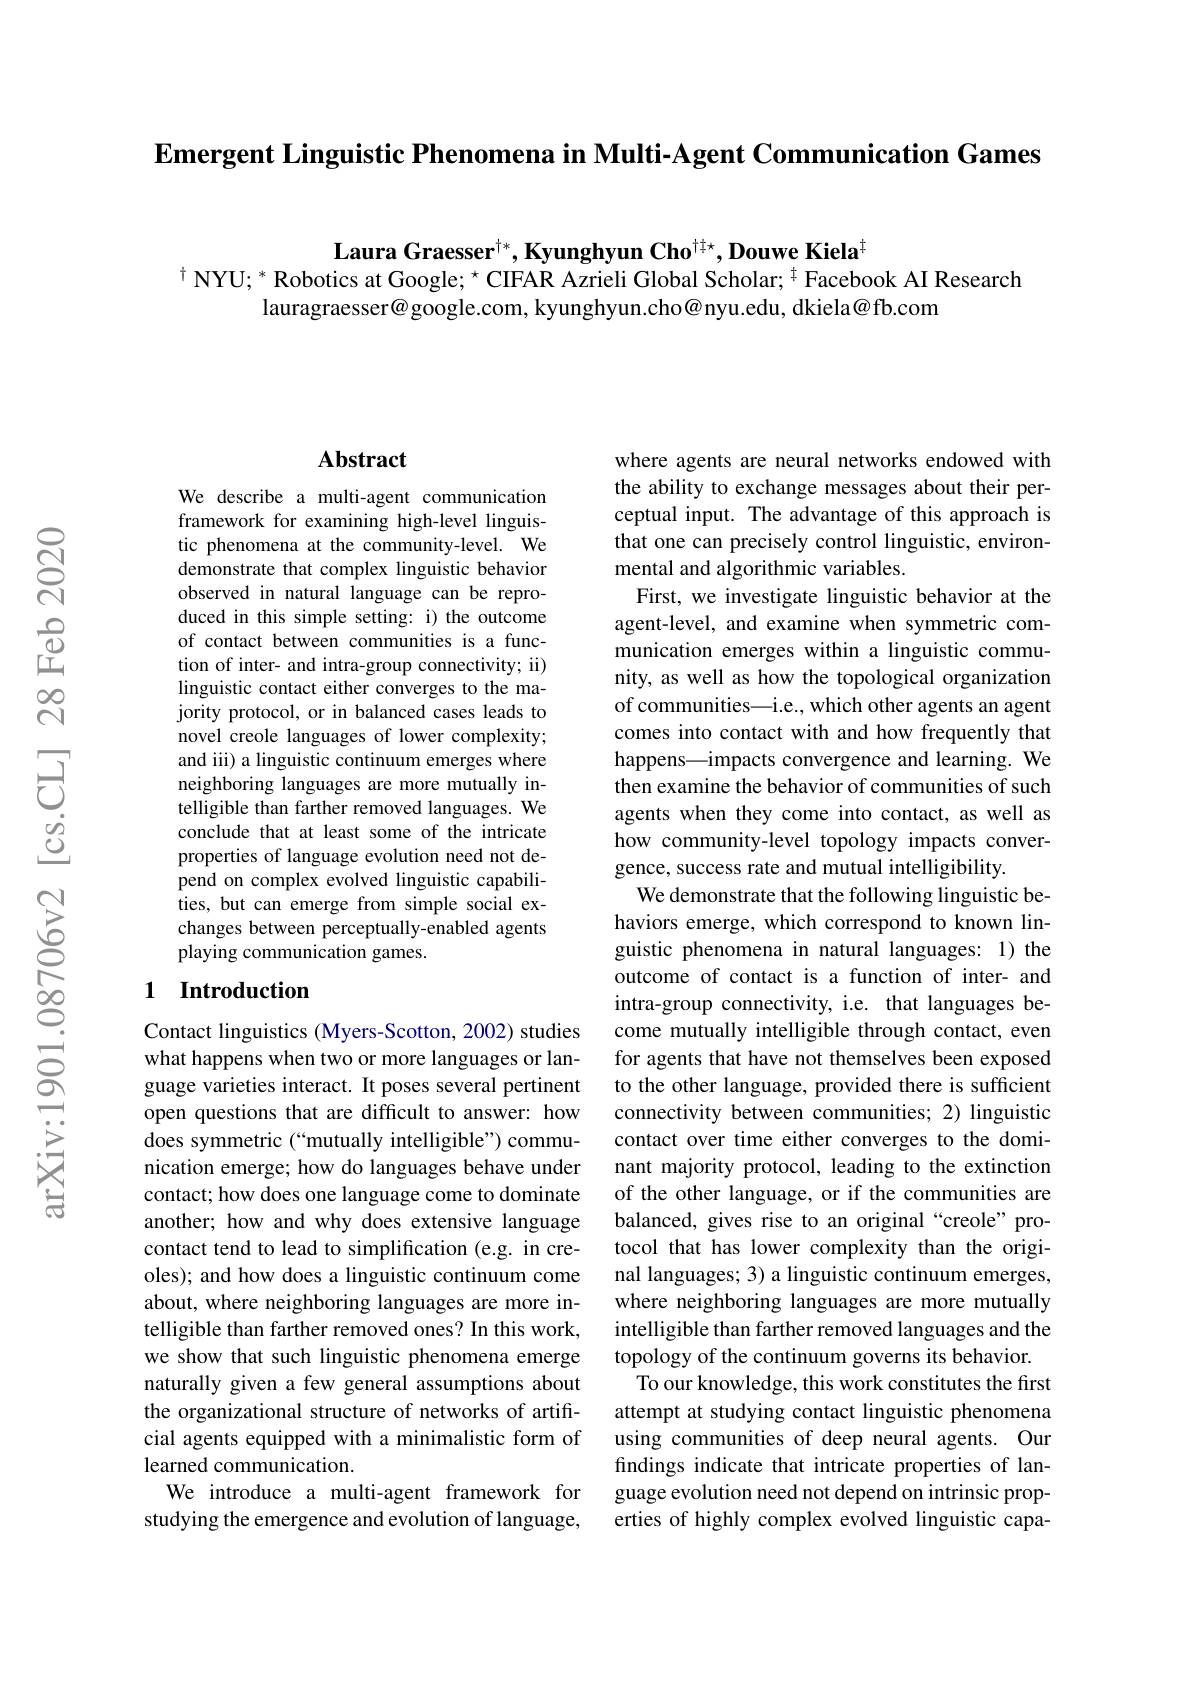
$\textbf{Emergent Linguistic Phenomena in Multi- Agent Communication Games}$

$\textbf{Laura Graesser}^{\dagger*},\textbf{Kyunghyun Cho}^{\dagger\dagger\star},\textbf{Douwe Kiela}^{\dagger}$
$^{\dagger}$ NYU; * Robotics at Google; $^{\star}$ CIFAR Azrieli Global Scholar; $^{\dagger}$ Facebook AI Research
lauragraesser@google.com, kyunghyun.cho@nyu.edu, dkiela@fb.com

### $\mathbf{Abstract}$

We describe a multi-agent communication framework for examining high-level linguistic phenomena at the community-level. We demonstrate that complex linguistic behavior observed in natural language can be reproduced in this simple setting: i) the outcome of contact between communities is a function of inter- and intra-group connectivity; ii) linguistic contact either converges to the majority protocol, or in balanced cases leads to novel creole languages of lower complexity; and iii) a linguistic continuum emerges where neighboring languages are more mutually intelligible than farther removed languages. We conclude that at least some of the intricate properties of language evolution need not depend on complex evolved linguistic capabilities, but can emerge from simple social exchanges between perceptually-enabled agents playing communication games.

## 1 Introduction

Contact linguistics (Myers-Scotton, 2002) studies what happens when two or more languages or language varieties interact. It poses several pertinent open questions that are difficult to answer: how does symmetric (“mutually intelligible”) communication emerge; how do languages behave under contact; how does one language come to dominate another; how and why does extensive language contact tend to lead to simplification (e.g. in creoles); and how does a linguistic continuum come about, where neighboring languages are more intelligible than farther removed ones? In this work, we show that such linguistic phenomena emerge naturally given a few general assumptions about the organizational structure of networks of artificial agents equipped with a minimalistic form of learned communication.
We introduce a multi-agent framework for studying the emergence and evolution of language,

where agents are neural networks endowed with the ability to exchange messages about their perceptual input. The advantage of this approach is that one can precisely control linguistic, environmental and algorithmic variables.
First, we investigate linguistic behavior at the agent-level, and examine when symmetric communication emerges within a linguistic community, as well as how the topological organization of communities—i.e., which other agents an agent comes into contact with and how frequently that happens—impacts convergence and learning. We then examine the behavior of communities of such agents when they come into contact, as well as how community-level topology impacts convergence, success rate and mutual intelligibility.
We demonstrate that the following linguistic behaviors emerge, which correspond to known linguistic phenomena in natural languages: 1) the outcome of contact is a function of inter- and intra-group connectivity, i.e. that languages become mutually intelligible through contact, even for agents that have not themselves been exposed to the other language, provided there is sufficient connectivity between communities; 2) linguistic contact over time either converges to the dominant majority protocol, leading to the extinction of the other language, or if the communities are balanced, gives rise to an original “creole” protocol that has lower complexity than the original languages; 3) a linguistic continuum emerges, where neighboring languages are more mutually intelligible than farther removed languages and the topology of the continuum governs its behavior. To our knowledge, this work constitutes the first attempt at studying contact linguistic phenomena using communities of deep neural agents. Our findings indicate that intricate properties of language evolution need not depend on intrinsic properties of highly complex evolved linguistic capa-